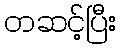
တဆင့်ပြီး